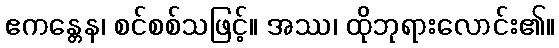
ဧကန္တေန၊ စင်စစ်သဖြင့်။ အဿ၊ ထိုဘုရားလောင်း၏။